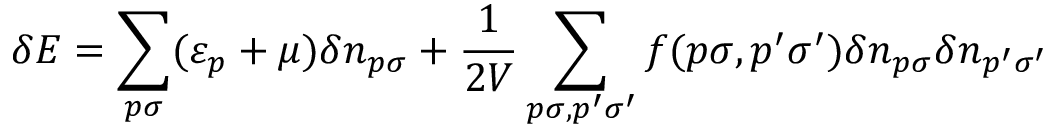
\delta E = \sum _ { p \sigma } ( \varepsilon _ { p } + \mu ) \delta n _ { p \sigma } + \frac { 1 } { 2 V } \sum _ { p \sigma , p ^ { \prime } \sigma ^ { \prime } } f ( p \sigma , p ^ { \prime } \sigma ^ { \prime } ) \delta n _ { p \sigma } \delta n _ { p ^ { \prime } \sigma ^ { \prime } }